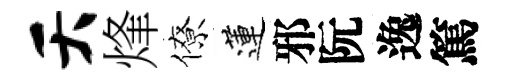
夭烽僚蓮邪阮逸篤